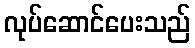
လုပ်ဆောင်ပေးသည်